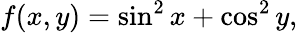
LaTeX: f(x,y)=\sin^{2}x+\cos^{2}y,